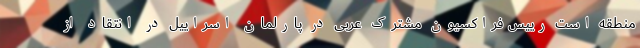
منطقه است رییس فراکسیون مشترک عربی در پارلمان اسراییل در انتقاد از